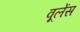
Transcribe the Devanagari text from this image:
वूलेंस